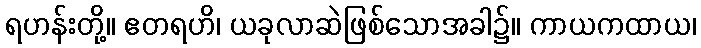
ရဟန်းတို့။ ဧတရဟိ၊ ယခုလာဆဲဖြစ်သောအခါ၌။ ကာယကထာယ၊